Indian journal of veterinary science and animal husbandry - Volume 6,
Year: 1936
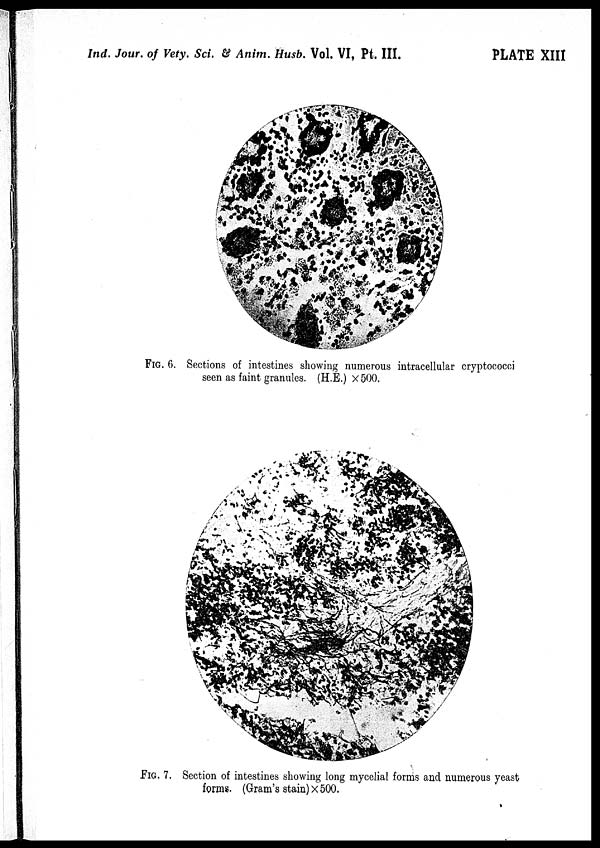
Ind. Jour. of Vety. Sci. & Anim. Husb. Vol. VI, Pt. III.
PLATE XIII
FIG. 6. Sections of intestines showing numerous intracellular cryptococci
seen as faint granules. (H.E.) × 500.
FIG. 7. Section of intestines showing long mycelial forms and numerous yeast
forms. (Gram's stain) × 500.